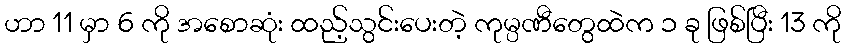
ဟာ 11 မှာ 6 ကို အစောဆုံး ထည့်သွင်းပေးတဲ့ ကုမ္ပဏီတွေထဲက ၁ ခု ဖြစ်ပြီး 13 ကို